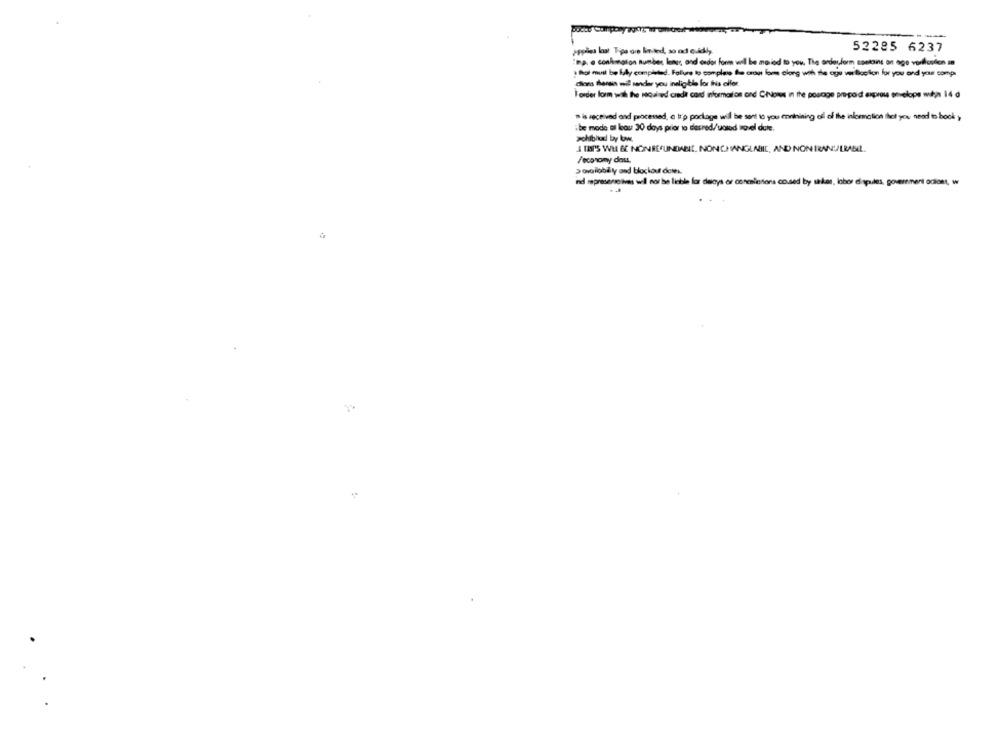
upplies laat Tipo orp limited, so od quidly.
52285 6237
les, a confirmation number lames, and order form will be moved to you, The orderform contains on age verification un
. foi must be lady completed. Fallure to complete the crow lom elong with the ogu v Boston for you and your somp
dions thereis mil sander you ineligitis for this elfer.
I order form with the naquired cada card information and Cions in the posage prepod exprou envelope mityn 14 d
is received and processed, a tro package will be sent to you enninining off of the information that you need to book .
ibe mode st lou 30 days prior to desred/ualed novel dute.
Prohibited by low.
& TA'S WH &C NONREFUNDABLE. NONCHANGLABIE, AND NON IRANU/LRANEL.
/economy doss.
ind represenseives will not be liable for delays or conciertona coused by saker, labor dispules, government odiont, w